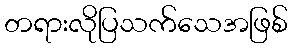
တရားလိုပြသက်သေအဖြစ်